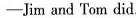
-Jim and Tom did.